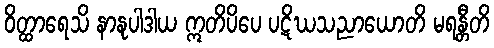
ဝိတ္ထာရေသိ နာနုပါဒါယ ဣတိပိပေ ပဋိဃသညာယောတိ မရန္တီတိ